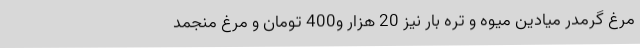
مرغ گرمدر میادین میوه و تره بار نیز 20 هزار و400 تومان و مرغ منجمد